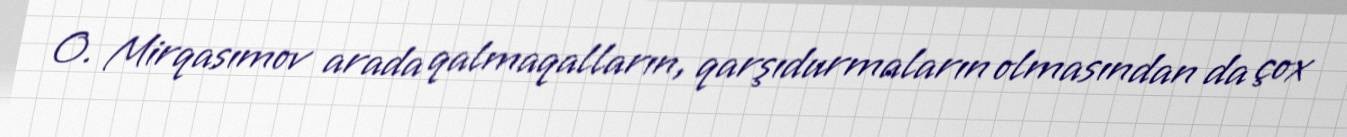
O. Mirqasımov arada qalmaqalların, qarşıdurmaların olmasından da çox